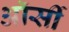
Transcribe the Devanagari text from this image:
ऑर्सी